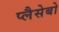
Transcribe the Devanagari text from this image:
प्लैसेबो